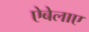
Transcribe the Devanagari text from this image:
ऐबेलाए